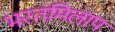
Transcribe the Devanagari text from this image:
भरतमिलाप